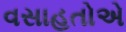
વસાહતોએ